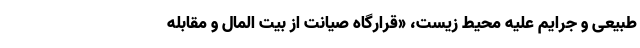
طبیعی و جرایم علیه محیط زیست، «قرارگاه صیانت از بیت المال و مقابله